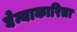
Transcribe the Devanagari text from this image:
घेन्याकारिता